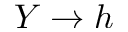
Y \rightarrow h